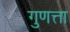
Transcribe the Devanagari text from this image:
गुणत्ता